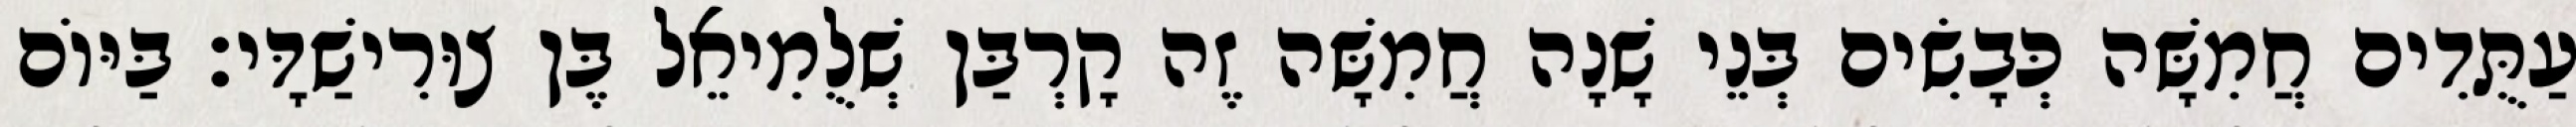
עַתֻּדִים חֲמִשָּׁה כְּבָשִׂים בְּנֵי שָׁנָה חֲמִשָּׁה זֶה קָרְבַּן שְׁלֻמִיאֵל בֶּן צוּרִישַׁדָּי׃ בַּיּוֹם